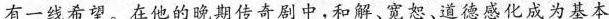
有一线希望，在他的晚期传奇剧中，和解，宽恕，道德感化成为基本